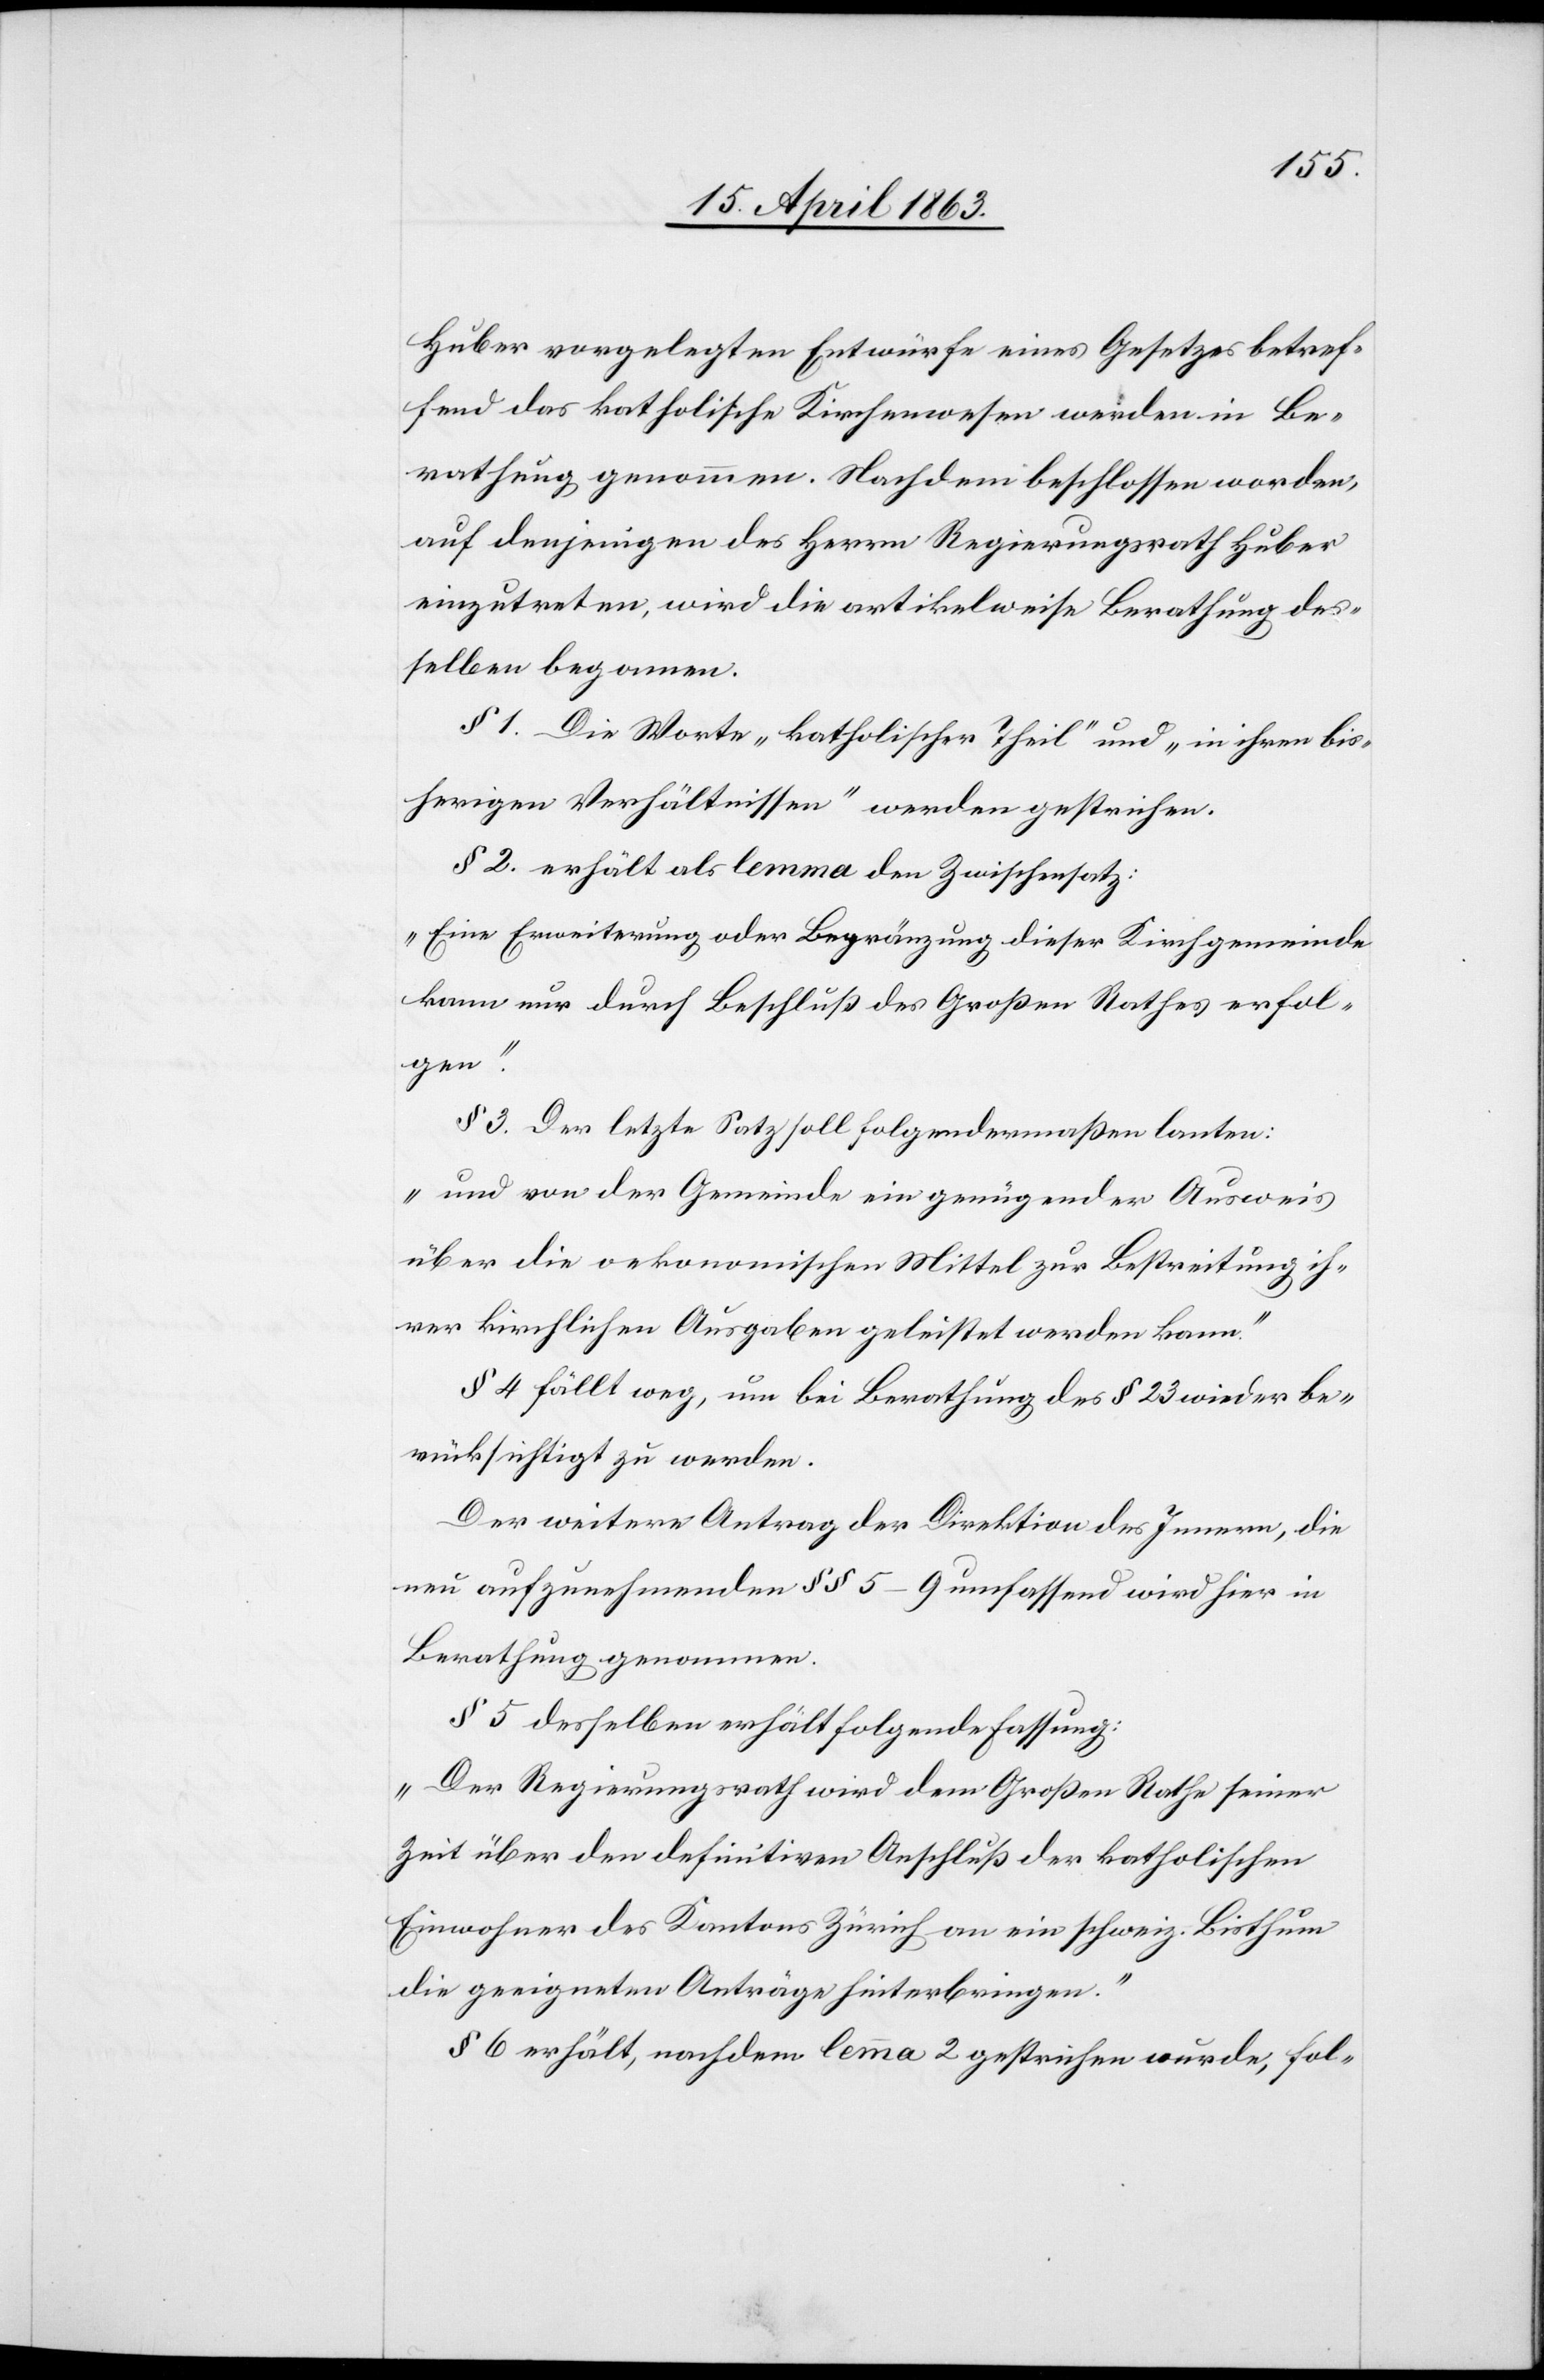
Huber vorgelegten Entwürfe eines Gesetzes betref¬
fend das katholische Kirchenwesen werden in Be¬
rathung genommen. Nachdem beschlossen worden,
auf denjenigen des Herrn Regierungsrath Huber
einzutreten, wird die artikelweise Berathung des¬
selben begonnen.
§ 1. Die Worte „katholischer Theil“ und „in ihren bis¬
herigen Verhältnissen“ werden gestrichen.
§ 2. erhält als lemma den Zwischensatz:
„Eine Erweiterung oder Begränzung dieser Kirchgemeinde
kann nur durch Beschluß des Großen Rathes erfol¬
gen.“
§ 3. Der letzte Satz soll folgendermaßen lauten:
„und von der Gemeinde ein genügender Ausweis
über die oekonomischen Mittel zur Bestreitung ih¬
rer kirchlichen Ausgaben geleistet werden kann.“
§ 4 fällt weg, um bei Berathung des § 23 wieder be¬
rücksichtigt zu werden.
Der weitere Antrag der Direktion des Innern, die
neu aufzunehmenden §§ 5–9 umfassend wird hier in
Berathung genommen.
§ 5 desselben erhält folgende Fassung:
„Der Regierungsrath wird dem Großen Rathe seiner
Zeit über den definitiven Anschluß der katholischen
Einwohner des Kantons Zürich an ein schweiz. Bisthum
die geeigneten Anträge hinterbringen.“
§ 6 erhält, nachdem lemma 2 gestrichen wurde, fol-